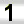
Digit: 1